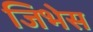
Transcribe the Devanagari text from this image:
जिभेस